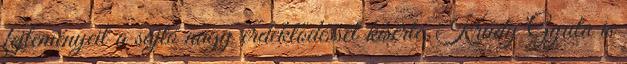
fejleményeit a sajtó nagy érdeklődéssel kísérte, Krúdy Gyula is